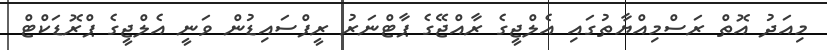
މިއަދު އޮތް ރަސްމިއްޔާތުގައި އެލްޖީގެ ރާއްޖޭގެ ޕާޓްނަރު ރީފްސައިޑުން ވަނީ އެލްޖީގެ ޕްރޮޑަކްޓް